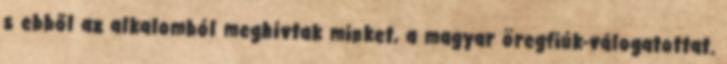
s ebből az alkalomból meghívtak minket, a magyar öregfiúk-válogatottat.